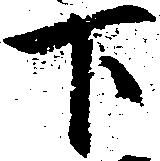
下